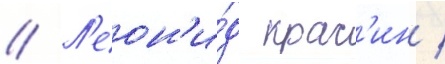
// Л'еон'и́д крас'ин /